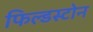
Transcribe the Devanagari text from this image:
फिल्डस्टोन